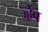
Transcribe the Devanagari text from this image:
र्ज्हेव